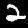
Digit: 2